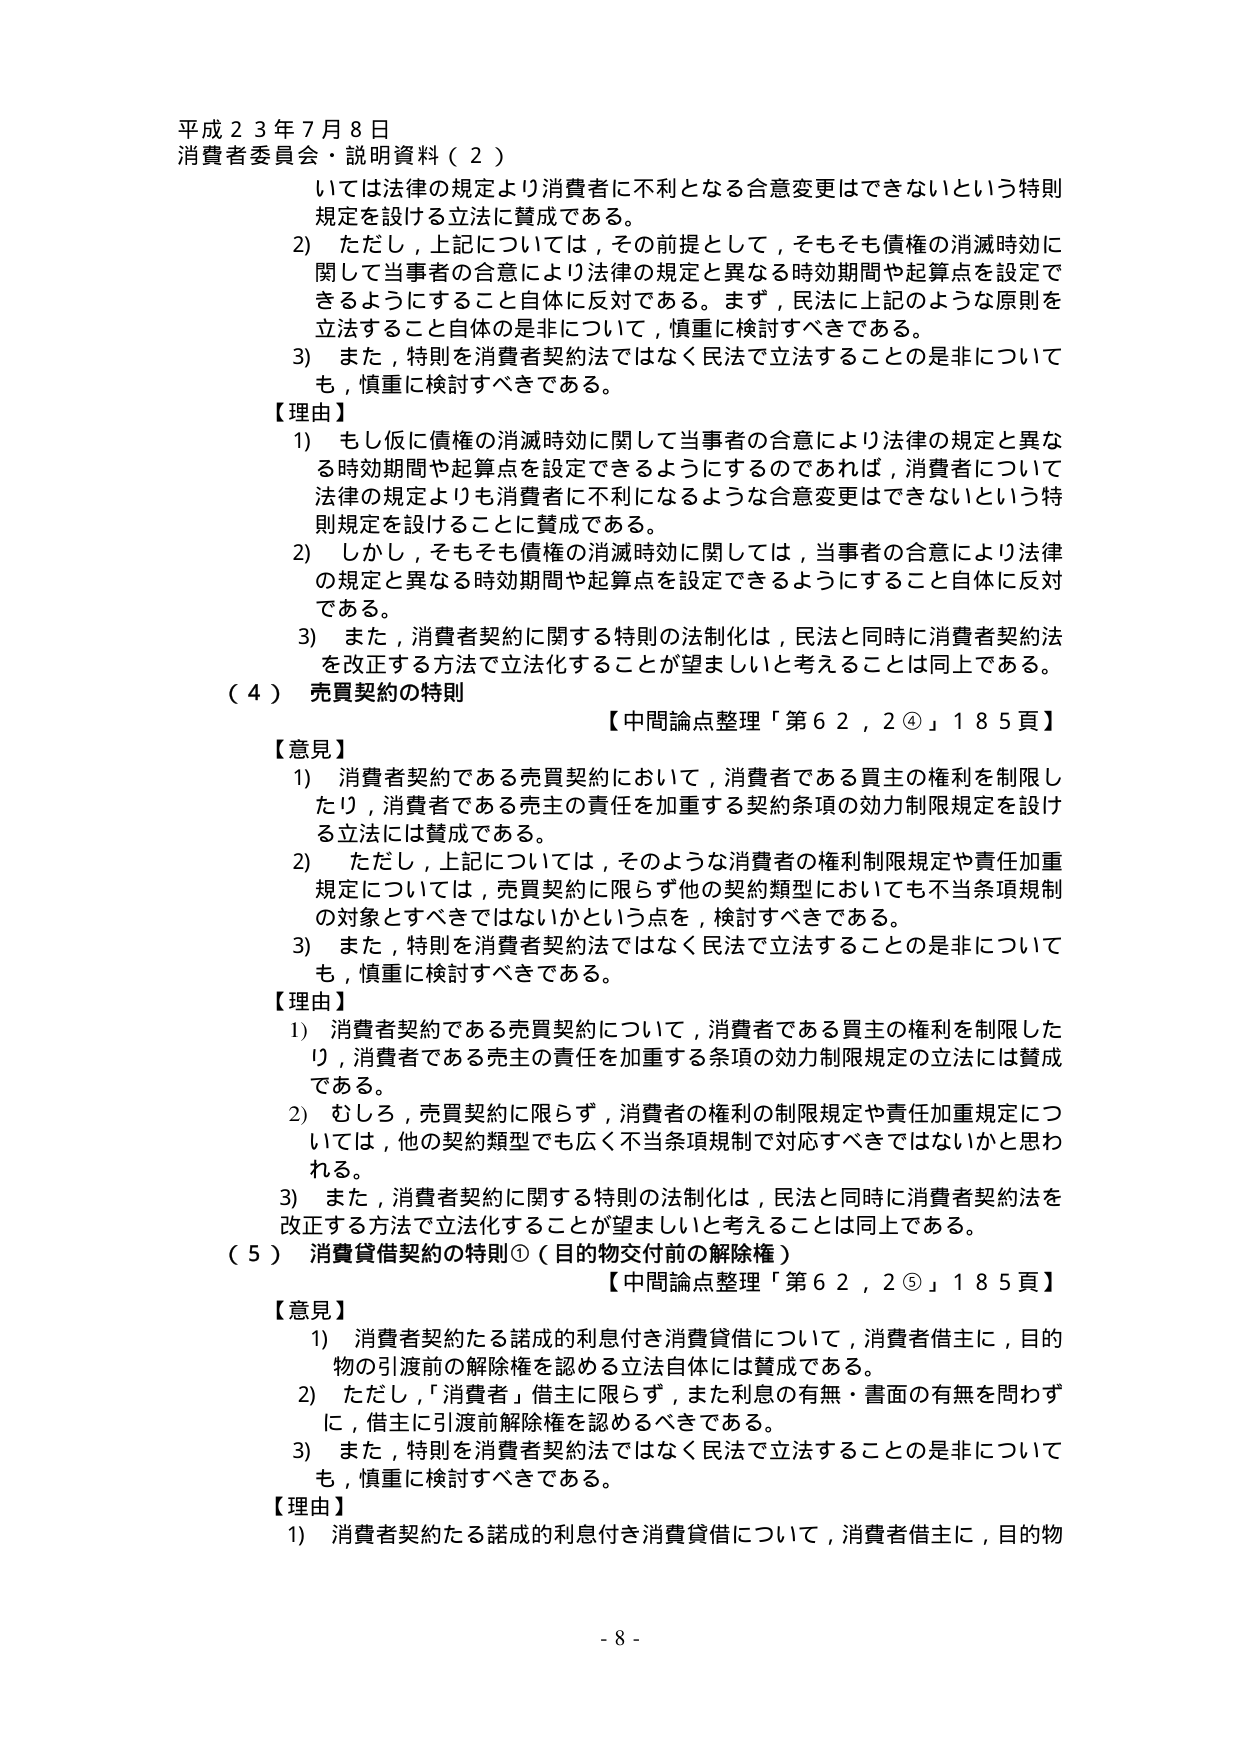
平成２３年７月８日
消費者委員会・説明資料（２）

いては法律の規定より消費者に不利となる合意変更はできないという特別規定を設ける立法に賛成である。
2) ただし，上記については，その前提として，そもそも債権の消滅時効に関して当事者の合意により法律の規定と異なる時効期間や起算点を設定できるようにすること自体に反対である。まず，民法に上記のような原則を立法すること自体の是非について，慎重に検討すべきである。
3) また，特則を消費者契約法ではなく民法で立法することの是非についても，慎重に検討すべきである。

【理由】
1) もし仮に債権の消滅時効に関して当事者の合意により法律の規定と異なる時効期間や起算点を設定できるようにするのであれば，消費者について法律の規定よりも消費者に不利になるような合意変更はできないという特別規定を設けることに賛成である。
2) しかし，そもそも債権の消滅時効に関しては，当事者の合意により法律の規定と異なる時効期間や起算点を設定できるようにすること自体に反対である。
3) また，消費者契約に関する特別の法制化は，民法と同時に消費者契約法を改正する方法で立法化することが望ましいと考えることは同上である。

（４）売買契約の特則
【中間論点整理「第６２，２④」１８５頁】

【意見】
1) 消費者契約である売買契約において，消費者である買主の権利を制限したり，消費者である売主の責任を加重する契約条項の効力制限規定を設ける立法には賛成である。
2) ただし，上記については，そのような消費者の権利制限規定や責任加重規定については，売買契約に限らず他の契約類型においても不当条項規制の対象とすべきではないかという点を，検討すべきである。
3) また，特則を消費者契約法ではなく民法で立法することの是非についても，慎重に検討すべきである。

【理由】
1) 消費者契約である売買契約について，消費者である買主の権利を制限したり，消費者である売主の責任を加重する条項の効力制限規定の立法には賛成である。
2) むしろ，売買契約に限らず，消費者の権利の制限規定や責任加重規定については，他の契約類型でも広く不当条項規制で対応すべきではないかと思われる。
3) また，消費者契約に関する特別の法制化は，民法と同時に消費者契約法を改正する方法で立法化することが望ましいと考えることは同上である。

（５）消費貸借契約の特則①（目的物交付前の解除権）
【中間論点整理「第６２，２⑤」１８５頁】

【意見】
1) 消費者契約たる諾成的利息付き消費貸借について，消費者借主に，目的物の引渡前の解除権を認める立法自体には賛成である。
2) ただし，「消費者」借主に限らず，また利息の有無・書面の有無を問わず，借主に引渡前解除権を認めるべきである。
3) また，特則を消費者契約法ではなく民法で立法することの是非についても，慎重に検討すべきである。

【理由】
1) 消費者契約たる諾成的利息付き消費貸借について，消費者借主に，目的物

- 8 -